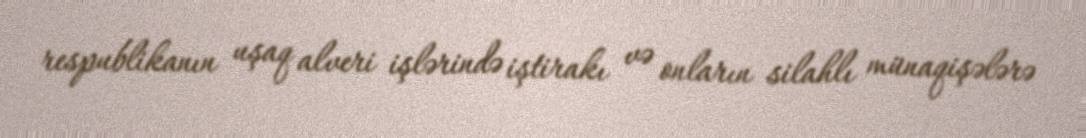
respublikanın uşaq alveri işlərində iştirakı və onların silahlı münaqişələrə